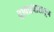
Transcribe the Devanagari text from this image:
वाक्प्रचारातून